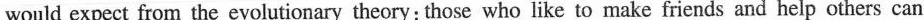
would expect from the evolutionary theory: those who like to make friends and help others can